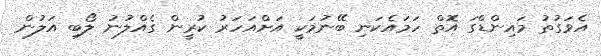
އެވަގުތު މައިންޑްގަ އޮތް ހަމައެކަނި ބޭނުމަކީ އަށްއަހަރު ކުރީން ގެއްލުނު ލޯބި އަލުން